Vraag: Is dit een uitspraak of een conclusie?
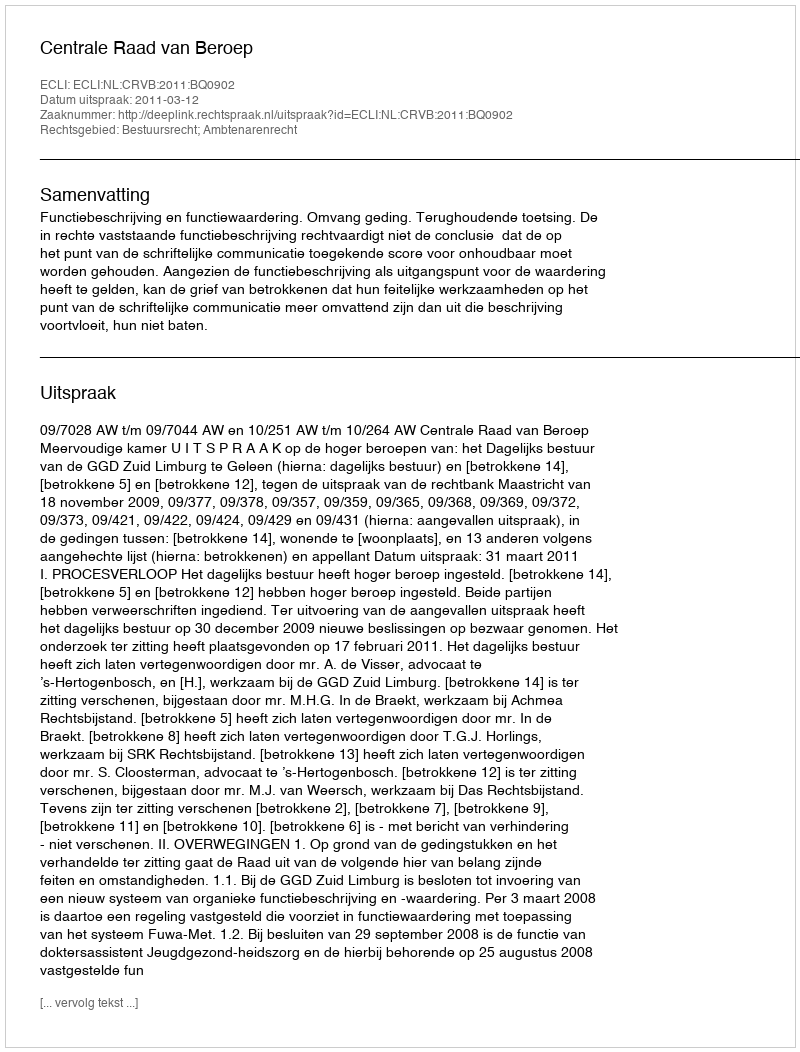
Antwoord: Uitspraak